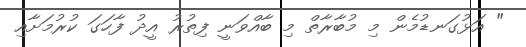
" އަޅުގަނޑުމެން މި މުބާރާތް މި ބާއްވަނީ ފިތުރު އީދު ފާހަގަ ކުރުމަށާއި